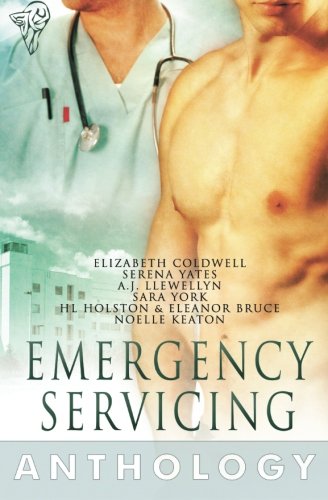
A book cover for Emergency Servicing; Eleanor Bruce; Romance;